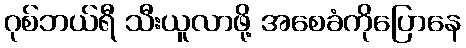
ဂုစ်ဘယ်ရီ သီးယူလာဖို့ အစေခံကိုပြောနေ